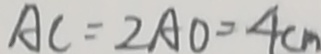
A C = 2 A O = 4 c m